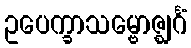
ဥပေက္ခာသမ္ဗောဇ္ဈင်္ဂံ